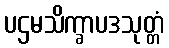
ပဌမသိက္ခာပဒသုတ္တံ